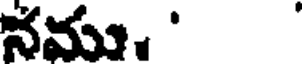
నము. '